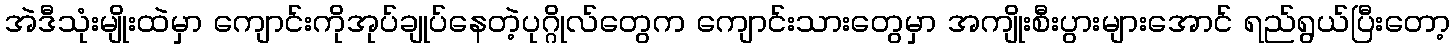
အဲဒီသုံးမျိုးထဲမှာ ကျောင်းကိုအုပ်ချုပ်နေတဲ့ပုဂ္ဂိုလ်တွေက ကျောင်းသားတွေမှာ အကျိုးစီးပွားများအောင် ရည်ရွယ်ပြီးတော့